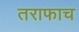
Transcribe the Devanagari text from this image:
तराफाच